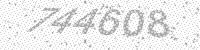
Solution: 744608